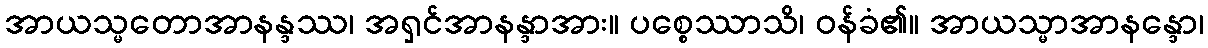
အာယသ္မတောအာနန္ဒဿ၊ အရှင်အာနန္ဒာအား။ ပစ္စေဿာသိ၊ ဝန်ခံ၏။ အာယသ္မာအာနန္ဒော၊